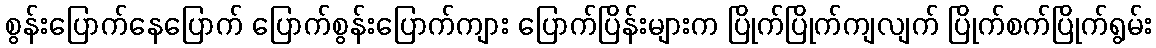
စွန်းပြောက်နေပြောက် ပြောက်စွန်းပြောက်ကျား ပြောက်ပြိန်းများက ပြိုက်ပြိုက်ကျလျက် ပြိုက်စက်ပြိုက်ရွမ်း